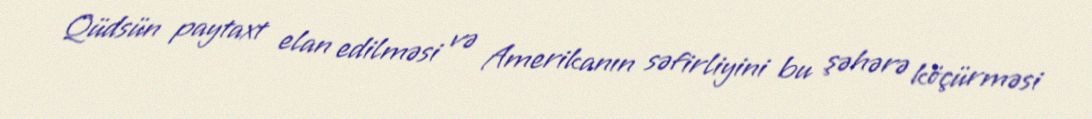
Qüdsün paytaxt elan edilməsi və Amerikanın səfirliyini bu şəhərə köçürməsi